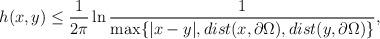
LaTeX: \begin{align*}h(x,y) \leq \frac{1}{2\pi}\ln \frac{1}{\max \{ |x-y|, dist(x,\partial \Omega),dist(y,\partial \Omega) \} },\end{align*}